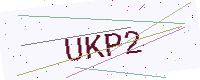
Text: UKP2